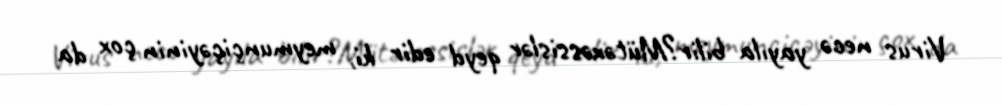
Virus necə yayıla bilir?Mütəxəssislər qeyd edir ki, meymunçiçəyinin çox da